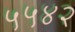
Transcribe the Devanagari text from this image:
५५४२